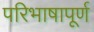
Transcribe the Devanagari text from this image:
परिभाषापूर्ण